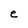
Character: e